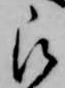
被